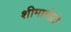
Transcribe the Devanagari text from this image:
शीमामोटो